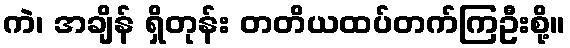
ကဲ၊ အချိန် ရှိတုန်း တတိယထပ်တက်ကြဦးစို့။